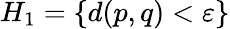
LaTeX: H_{1}=\{ d(p,q)<\varepsilon\}